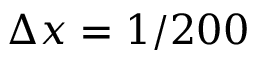
\Delta x = 1 / 2 0 0